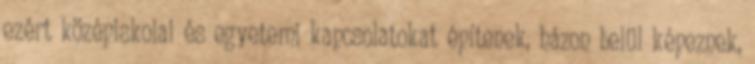
ezért középiskolai és egyetemi kapcsolatokat építenek, házon belül képeznek,